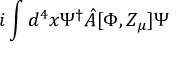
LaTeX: i \int d ^ { 4 } x \Psi ^ { \dagger } \hat { A } [ \Phi , Z _ { \mu } ] \Psi